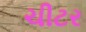
ચીટર